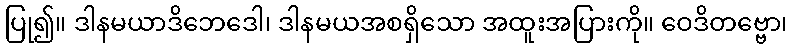
ပြု၍။ ဒါနမယာဒိဘေဒေါ၊ ဒါနမယအစရှိသော အထူးအပြားကို။ ဝေဒိတဗ္ဗော၊